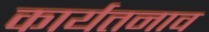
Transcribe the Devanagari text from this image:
कार्यतनाव